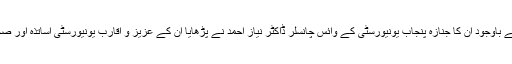
کورونا کے باعث رحلت کے باوجود ان کا جنازہ پنجاب یونیورسٹی کے وائس چانسلر ڈاکٹر نیاز احمد نے پڑھایا ان کے عزیز و اقارب یونیورسٹی اساتذہ اور صحافیوں نے بھی شرکت کی۔